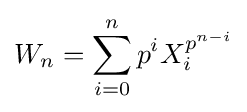
W_{n}=\sum _{i=0}^{n}p^{i}X_{i}^{p^{n-i}}